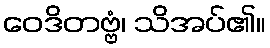
ဝေဒိတဗ္ဗံ၊ သိအပ်၏။